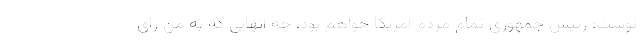
نوشت: رئیس جمهوری تمام مردم آمریکا خواهم بود، چه آنهایی که به من رای